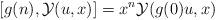
LaTeX: \begin{align*} [g(n),\mathcal{Y}(u,x)]=x^n\mathcal{Y}(g(0)u,x)\end{align*}